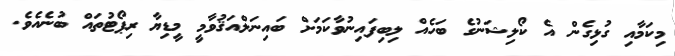
މިކަމާއި ގުޅިގެން އެ ކޯލިޝަނުގެ ބަހެއް ލިބިފައިނުވާކަމަށް ބައިނަލްއަޤުވާމީ މީޑިޔާ ރިޕޯޓުތައް ބުނެއެވެ.